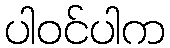
ပါဝင်ပါက